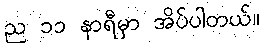
ည ၁၁ နာရီမှာ အိပ်ပါတယ်။